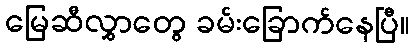
မြေဆီလွှာတွေ ခမ်းခြောက်နေပြီ။